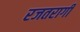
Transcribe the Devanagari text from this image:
रजतरागी